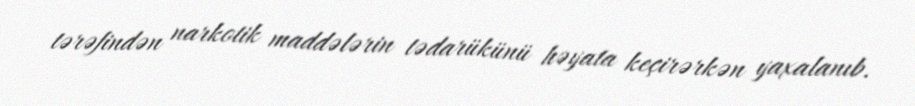
tərəfindən narkotik maddələrin tədarükünü həyata keçirərkən yaxalanıb.